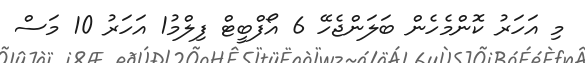
މި އަހަރު ކޮންމެހެން ބަލަންޖެހޭ 6 އޯފްބީޓް ފިލްމު1 އަހަރު 10 މަސް